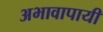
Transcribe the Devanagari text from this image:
अभावापायी